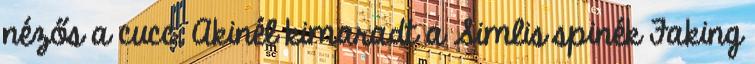
nézős a cucc. Akinél kimaradt a Simlis spinék Faking